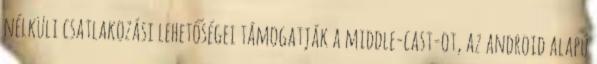
nélküli csatlakozási lehetőségei támogatják a middle-cast-ot, az android alapú